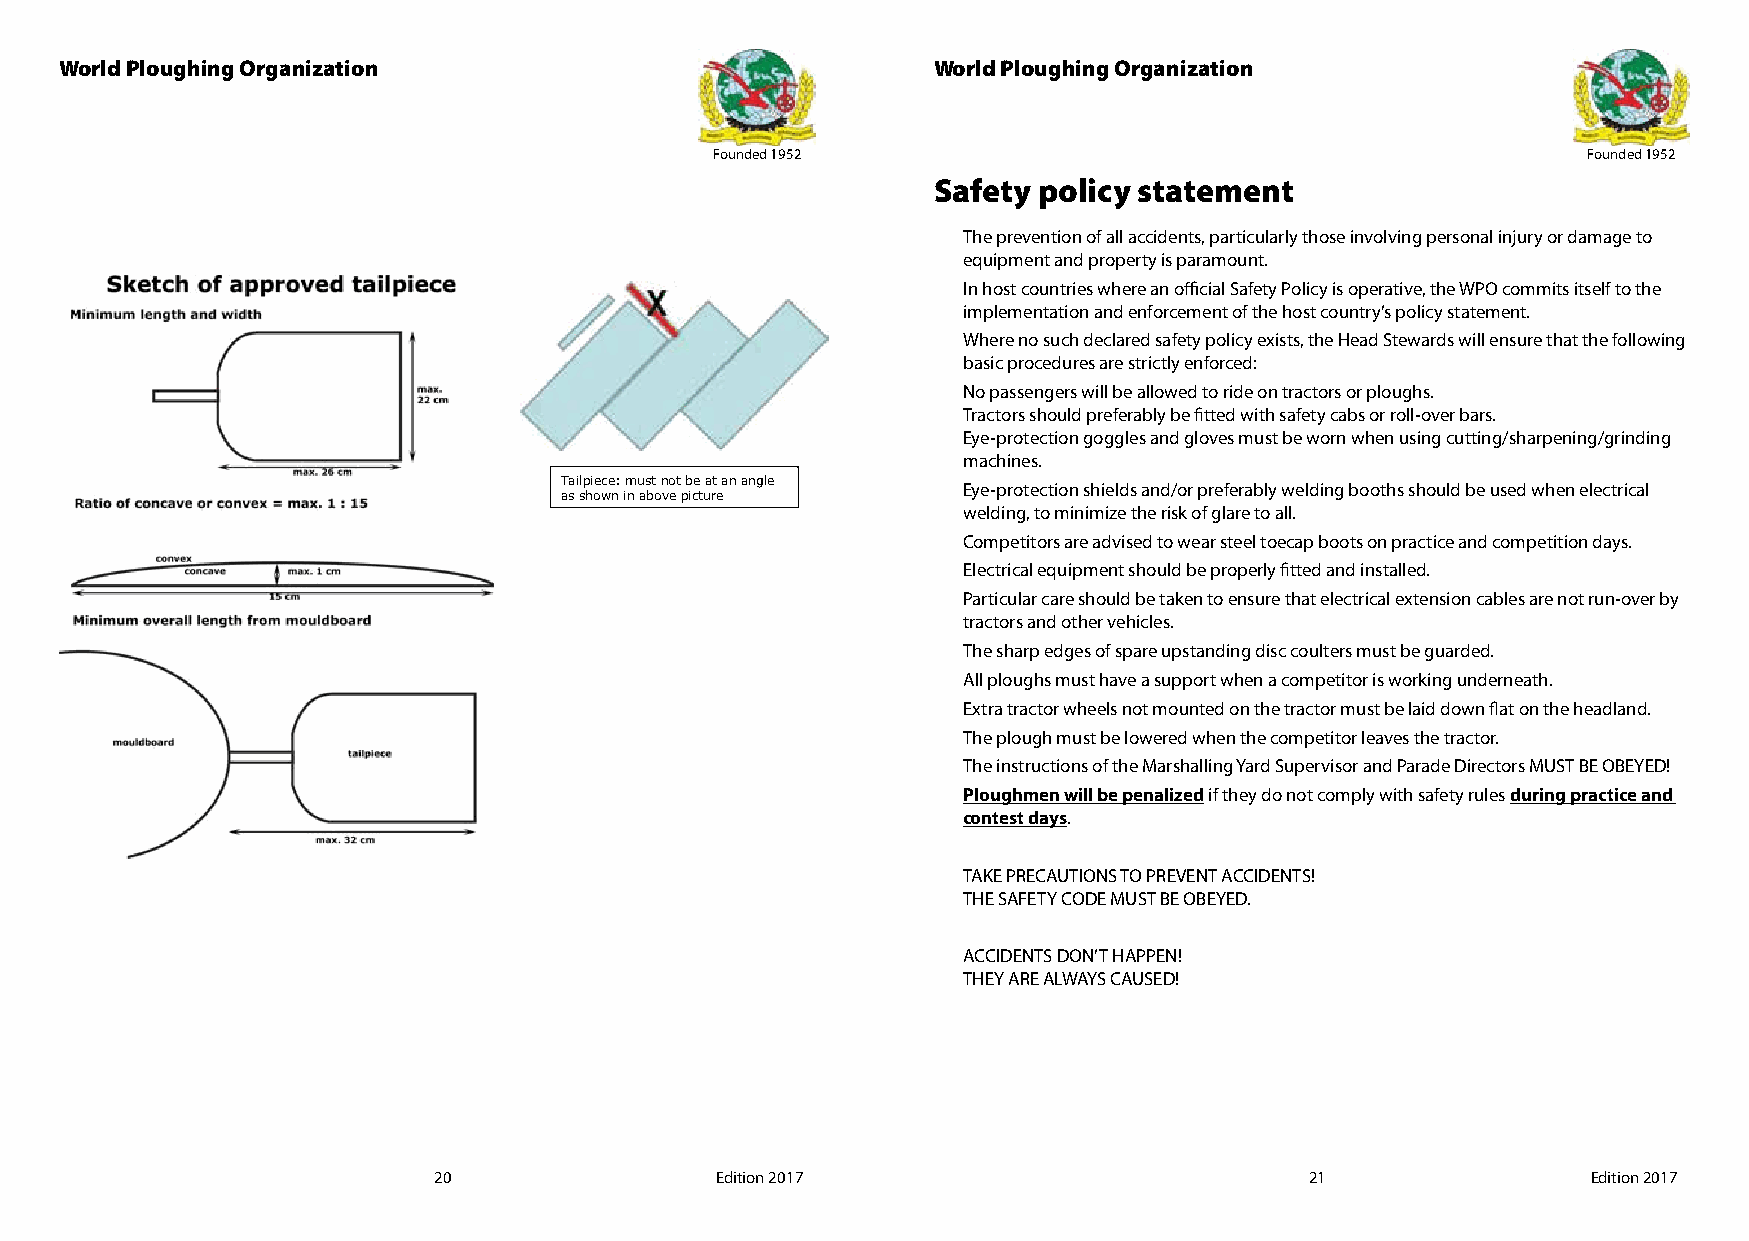
World Ploughing Organization                              World Ploughing Organization
 Founded 1952                                              Founded 1952
 Safety policy statement
 The prevention of all accidents, particularly those involving personal injury or damage to
 equipment and property is paramount.
 In host countries where an official Safety Policy is operative, the WPO commits itself to the
 implementation and enforcement of the host country’s policy statement.
 Where no such declared safety policy exists, the Head Stewards will ensure that the following
 basic procedures are strictly enforced:
 No passengers will be allowed to ride on tractors or ploughs.
 Tractors should preferably be fitted with safety cabs or roll-over bars.
 Eye-protection goggles and gloves must be worn when using cutting/sharpening/grinding
 machines.
 Tailpiece: must not be at an angle Eye-protection shields and/or preferably welding booths should be used when electrical
 as shown in above picture
 welding, to minimize the risk of glare to all.
 Competitors are advised to wear steel toecap boots on practice and competition days.
 Electrical equipment should be properly fitted and installed.
 Particular care should be taken to ensure that electrical extension cables are not run-over by
 tractors and other vehicles.
 The sharp edges of spare upstanding disc coulters must be guarded.
 All ploughs must have a support when a competitor is working underneath.
 Extra tractor wheels not mounted on the tractor must be laid down flat on the headland.
 The plough must be lowered when the competitor leaves the tractor.
 The instructions of the Marshalling Yard Supervisor and Parade Directors MUST BE OBEYED!
 Ploughmen will be penalized if they do not comply with safety rules during practice and
 contest days.
 TAKE PRECAUTIONS TO PREVENT ACCIDENTS!
 THE SAFETY CODE MUST BE OBEYED.
 ACCIDENTS DON’T HAPPEN!
 THEY ARE ALWAYS CAUSED!
 20                Edition 2017                            21                Edition 2017